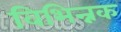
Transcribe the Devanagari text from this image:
विभिन्नक